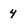
Character: 4